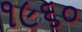
૧૯૬૦